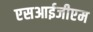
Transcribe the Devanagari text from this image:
एसआईजीएम